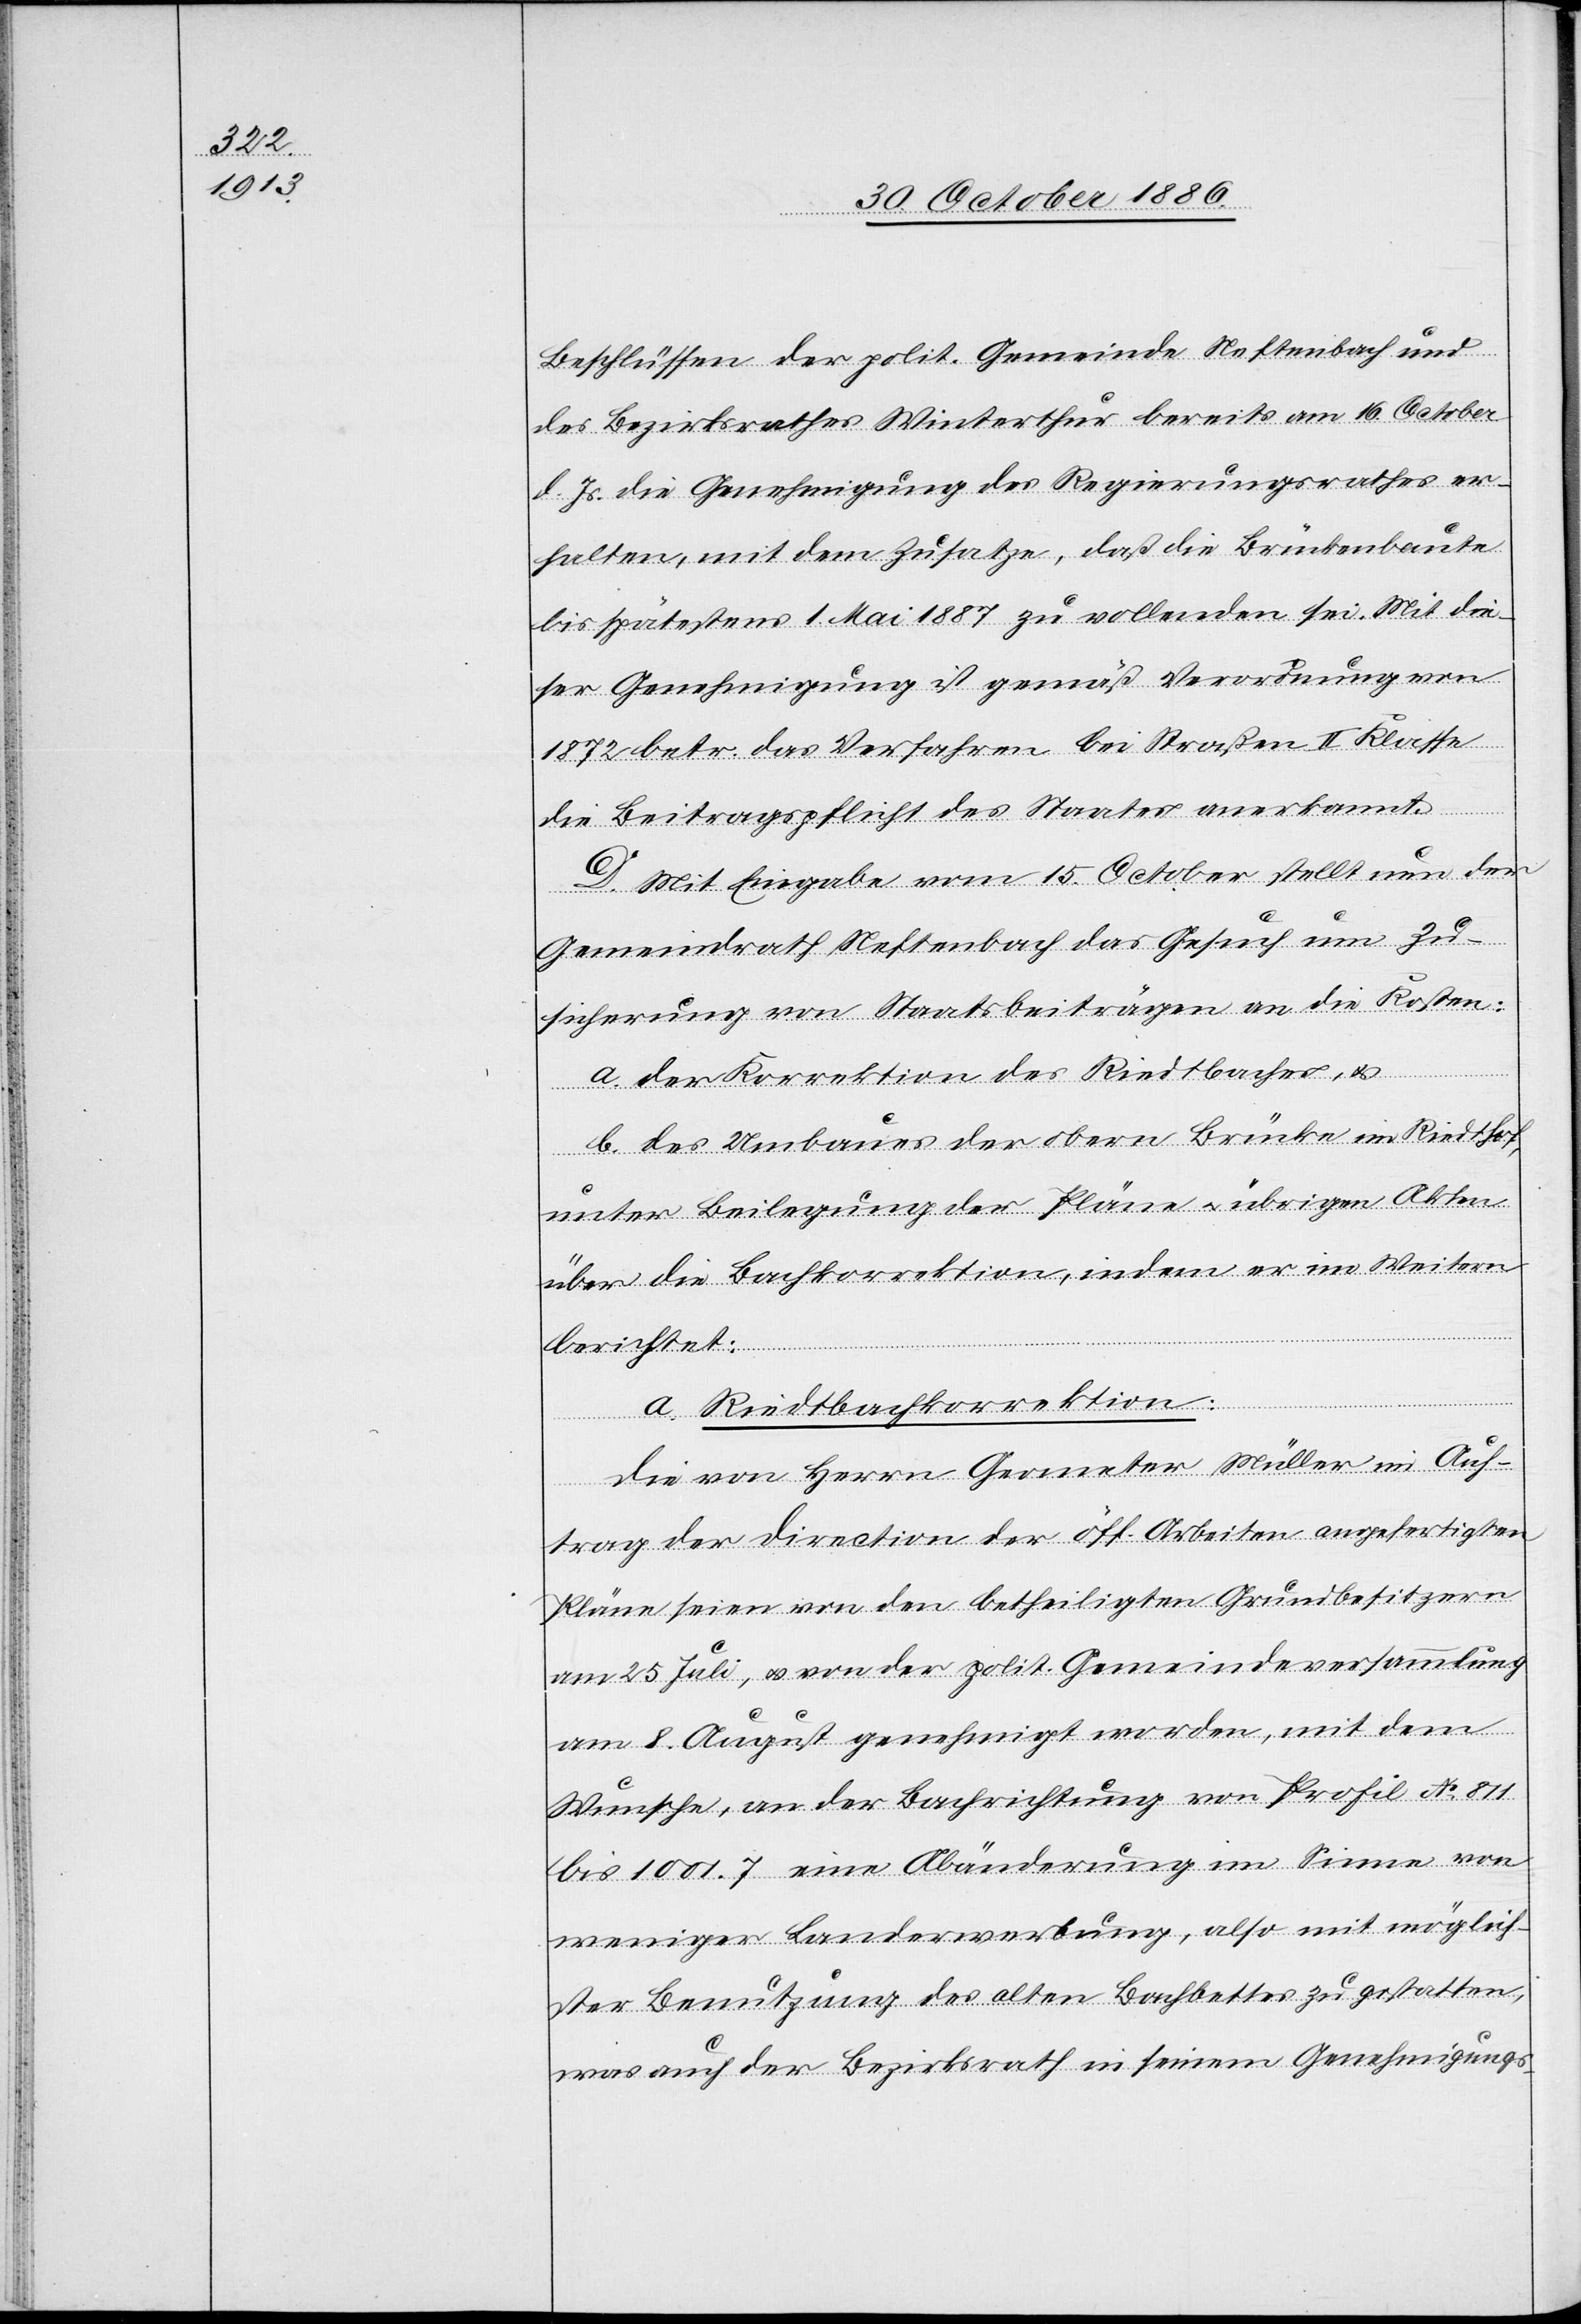
Beschlüssen der polit. Gemeinde Neftenbach und
des Bezirksrathes Winterthur bereits am 16. October
d. Js. die Genehmigung des Regierungsrathes er¬
halten, mit dem Zusatze, daß die Brückenbaute
bis spätestens 1. Mai 1887 zu vollenden sei. Mit die¬
ser Genehmigung ist gemäß Verordnung
1872 betr. das Verfahren bei Straßen II. Klasse
die Beitragspflicht des Staates anerkannt.
D. Mit Eingabe vom 15. October stellt nun der
Gemeindrath Neftenbach das Gesuch um Zu¬
sicherung von Staatsbeiträgen an die Kosten:
a. der Korrektion des Riedtbaches, &
b. des Umbaues der obern Brücke im Riedthof,
unter Beilegung der Pläne & übrigen Akten
über die Bachkorrektion, indem er im Weitern
berichtet:
a. Riedtbachkorrektion:
Die von Herrn Geometer Müller im Auf¬
trag der Direction der öff. Arbeiten angefertigten
Pläne seien von den betheiligten Grundbesitzern
am 25. Juli, & von der polit. Gemeindeversammlung
am 8. August genehmigt worden, mit dem
Wunsche, an der Bachrichtung von Profil No 811
bis 1001.7 eine Abänderung im Sinne von
weniger Landerwerbung, also mit möglich¬
ster Benutzung des alten Bachbettes zu gestatten,
was auch der Bezirksrath in seinem Genehmigungs-